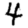
Digit: 4